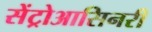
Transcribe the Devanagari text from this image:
सेंट्रोआसिनरी